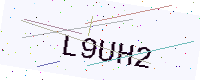
Text: L9UH2